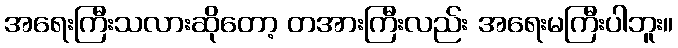
အရေးကြီးသလားဆိုတော့ တအားကြီးလည်း အရေးမကြီးပါဘူး။